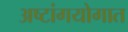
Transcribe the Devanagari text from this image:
अष्टांगयोगात